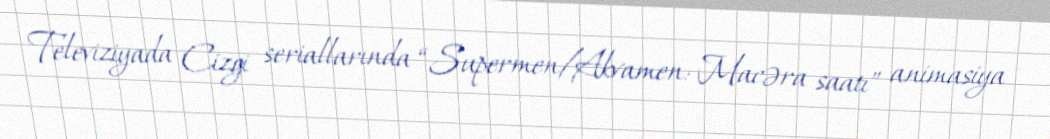
Televiziyada Cizgi seriallarında “Supermen/Akvamen: Macəra saatı” animasiya